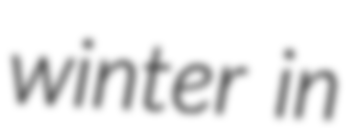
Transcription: winter in